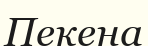
Пекена